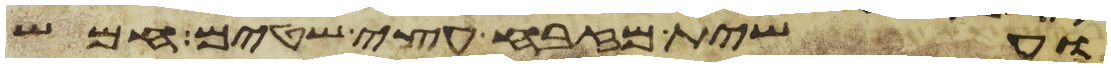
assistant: ועשית מזבח עצי שטים חמש